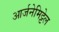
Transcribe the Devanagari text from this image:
आर्जनेमिट्टेल